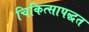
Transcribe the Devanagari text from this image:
चिकित्सापद्धत